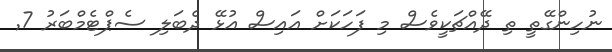
ނުހިންގޭތީ ތި ދޭއްޗަކީވެސް މި ފަހަކަށް އައިސް އުޅޭ ދެބަލި ސެޕްޓެމްބަރު 7